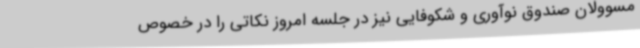
مسوولان صندوق نوآوری و شکوفایی نیز در جلسه امروز نکاتی را در خصوص